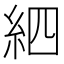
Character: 𥿖